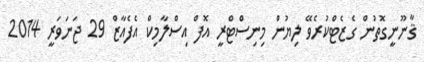
ޤާނޫނީގޮތުން ގެޒެޓްކުރެވޭ ލިޔުން މިނިސްޓްރީ އޮފް އިސްލާމިކް އެފެއާޒް 29 ޖަނަވަރީ 2014